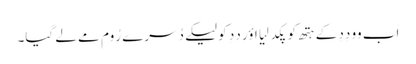
اَب وو دِدِ کے ہتھ کو پکد لِیا اؤر دِدِ کو لیکے دُسرے رُوم مے لے گیا۔